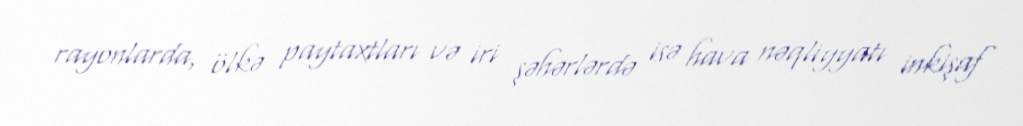
rayonlarda, ölkə paytaxtları və iri şəhərlərdə isə hava nəqliyyatı inkişaf